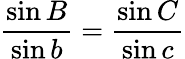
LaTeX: {\frac{\sin B}{\sin b}}={\frac{\sin C}{\sin c}}